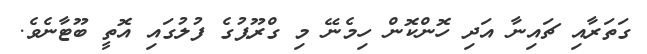
ގަތަރާއި ޗައިނާ އަދި ހޮންކޮން ހިމެނޭ މި ގްރޫޕުގެ ފުލުގައި އޮތީ ބޫޓާނެވެ.